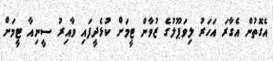
އެގޮތުން އެގާރަ އަހަރު ލިވަޕޫލުގެ ޒުވާން ޓީމަށް ކުޅެދީފައި ވާއިރު ސީނިއާ ޓީމަށް